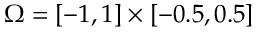
\Omega = [ - 1 , 1 ] \times [ - 0 . 5 , 0 . 5 ]